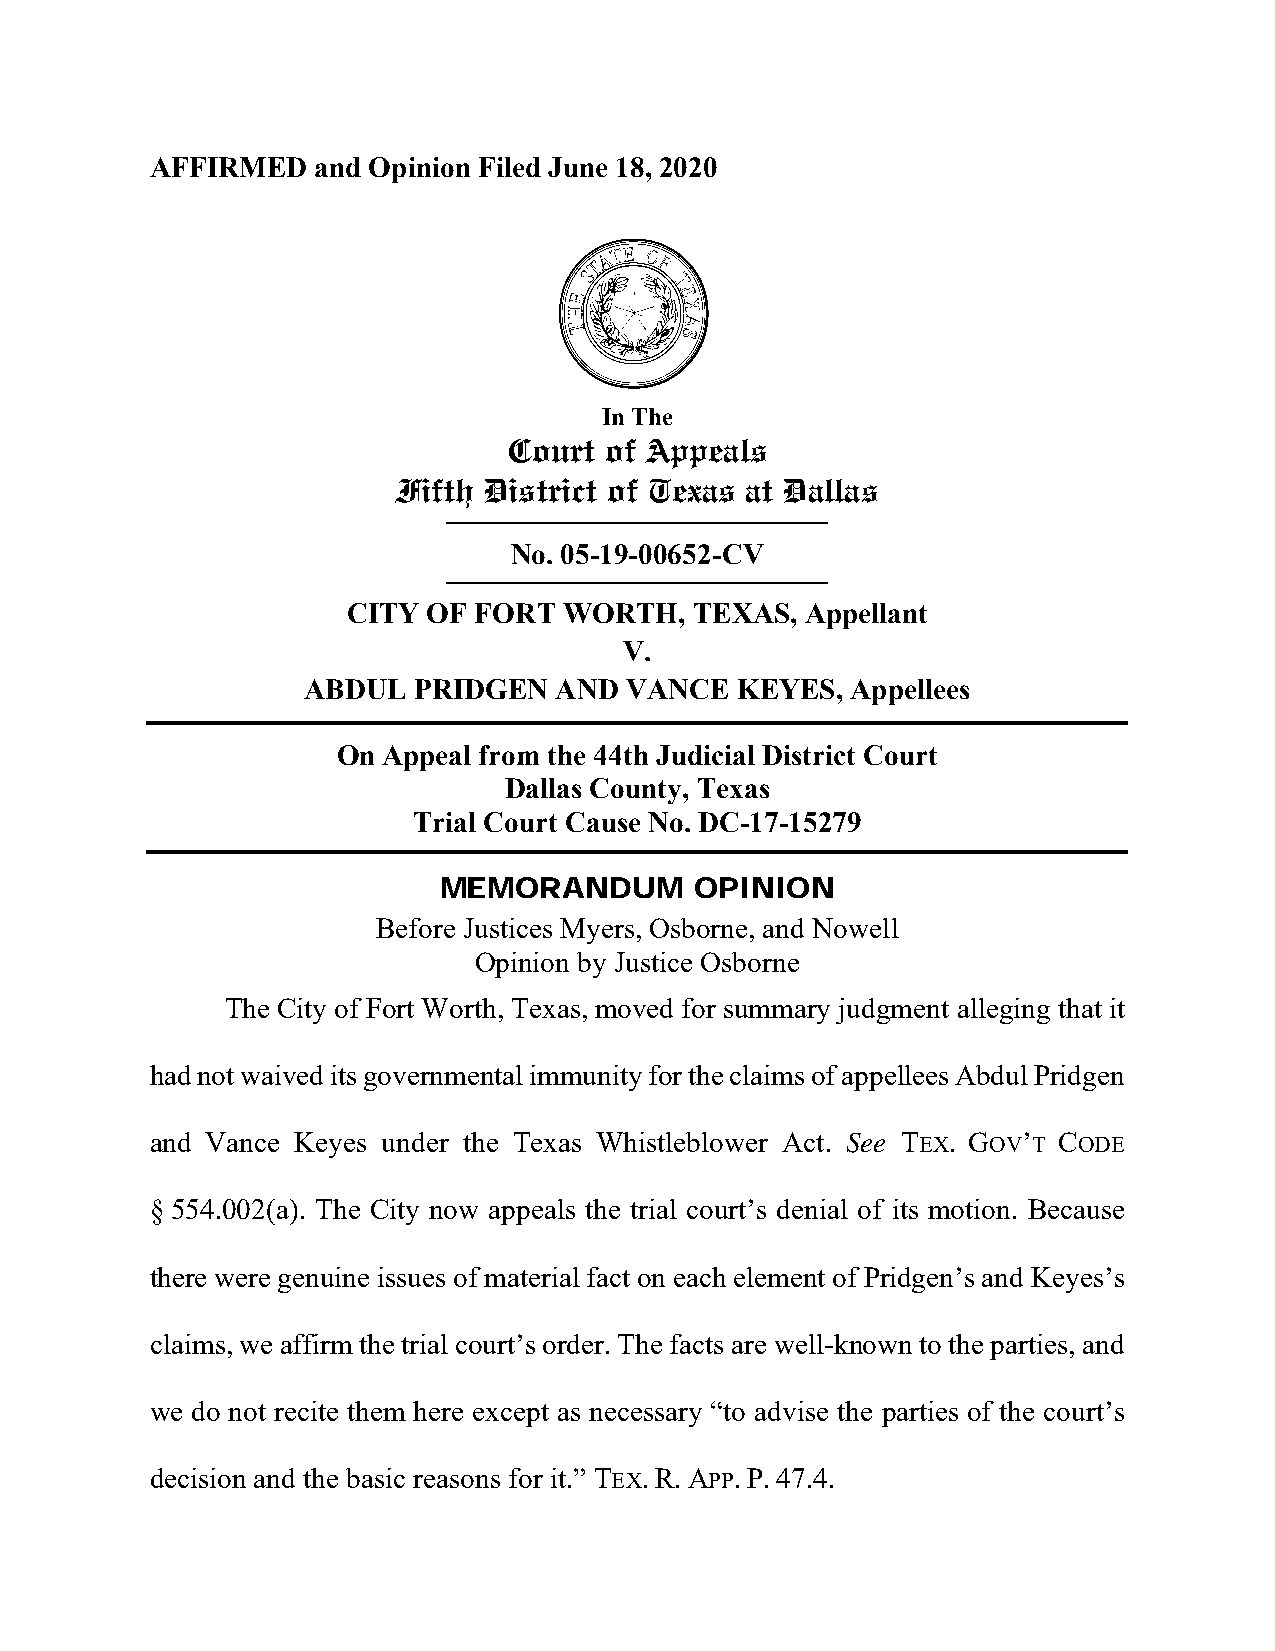
AFFIRMED   and Opinion Filed June 18, 2020
 S
 In The
 Court of Appeals
 Fifth District of Texas at Dallas
 No. 05-19-00652-CV
 CITY OF FORT  WORTH,   TEXAS, Appellant
 V.
 ABDUL  PRIDGEN   AND VANCE   KEYES, Appellees
 On Appeal from the 44th Judicial District Court
 Dallas County, Texas
 Trial Court Cause No. DC-17-15279
 MEMORANDUM       OPINION
 Before Justices Myers, Osborne, and Nowell
 Opinion by Justice Osborne
 The City of Fort Worth, Texas, moved for summary judgment alleging that it
 had not waived its governmental immunity for the claims of appellees Abdul Pridgen
 and Vance Keyes under the Texas Whistleblower Act. See TEX. GOV’T CODE
 § 554.002(a). The City now appeals the trial court’s denial of its motion. Because
 there were genuine issues of material fact on each element of Pridgen’s and Keyes’s
 claims, we affirm the trial court’s order. The facts are well-known to the parties, and
 we do not recite them here except as necessary “to advise the parties of the court’s
 decision and the basic reasons for it.” TEX. R. APP. P. 47.4.